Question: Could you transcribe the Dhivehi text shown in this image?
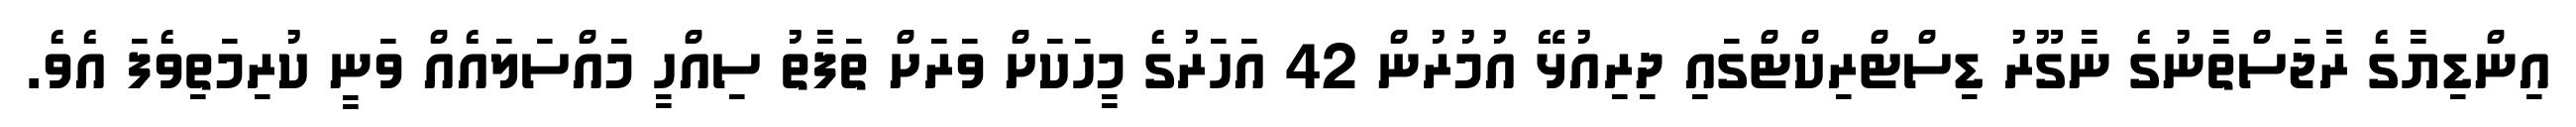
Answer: އިންޑިޔާގެ ރާޖަސްތާނުގެ ނާގޫރު ޑިސްޓްރިކްޓްގައި ދިރިއުޅޭ އުމުރުން 42 އަހަރުގެ މީހަކަށް ވަރަށް ތަފާތު ސިއްހީ މައްސަލައެއް ވަނީ ކުރިމަތިވެފަ އެވެ.